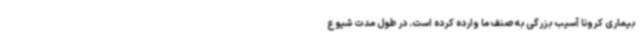
بیماری کرونا آسیب بزرگی به صنف ما وارده کرده است. در طول مدت شیوع